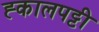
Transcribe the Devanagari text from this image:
ह्कालपट्टी